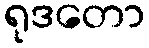
ရုဒတော